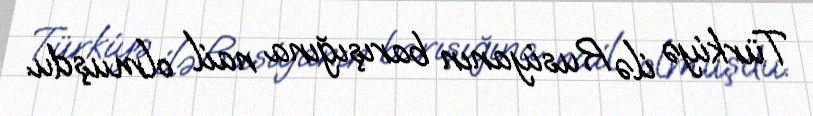
Türkiyə ilə Rusiyanın barışığına nail olmuşdu.